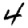
Digit: 4